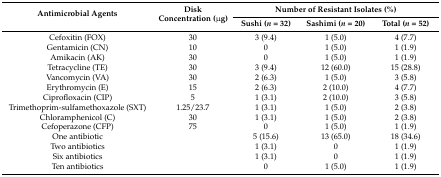
<table><thead><tr><td rowspan="2"><b>Antimicrobial Agents</b></td><td rowspan="2"><b>Disk Concentration (μg)</b></td><td colspan="3"><b>Number of Resistant Isolates (%)</b></td></tr><tr><td><b>Sushi (<i>n</i> = 32)</b></td><td><b>Sashimi (<i>n</i> = 20)</b></td><td><b>Total (<i>n</i> = 52)</b></td></tr></thead><tbody><tr><td>Cefoxitin (FOX)</td><td>30</td><td>3 (9.4)</td><td>1 (5.0) </td><td>4 (7.7)</td></tr><tr><td>Gentamicin (CN)</td><td>10</td><td>0</td><td>1 (5.0)</td><td>1 (1.9)</td></tr><tr><td>Amikacin (AK)</td><td>30</td><td>0</td><td>1 (5.0)</td><td>1 (1.9)</td></tr><tr><td>Tetracycline (TE)</td><td>30</td><td>3 (9.4)</td><td>12 (60.0)</td><td>15 (28.8)</td></tr><tr><td>Vancomycin (VA)</td><td>30</td><td>2 (6.3)</td><td>1 (5.0) </td><td>3 (5.8)</td></tr><tr><td>Erythromycin (E)</td><td>15</td><td>2 (6.3)</td><td>2 (10.0)</td><td>4 (7.7)</td></tr><tr><td>Ciprofloxacin (CIP)</td><td>5</td><td>1 (3.1)</td><td>2 (10.0)</td><td>3 (5.8)</td></tr><tr><td>Trimethoprim-sulfamethoxazole (SXT)</td><td>1.25/23.7</td><td>1 (3.1)</td><td>1 (5.0)</td><td>2 (3.8)</td></tr><tr><td>Chloramphenicol (C)</td><td>30</td><td>1 (3.1)</td><td>1 (5.0)</td><td>2 (3.8)</td></tr><tr><td>Cefoperazone (CFP)</td><td>75</td><td>0</td><td>1 (5.0) </td><td>1 (1.9)</td></tr><tr><td>One antibiotic</td><td></td><td>5 (15.6)</td><td>13 (65.0)</td><td>18 (34.6)</td></tr><tr><td>Two antibiotics</td><td></td><td>1 (3.1)</td><td>0</td><td>1 (1.9)</td></tr><tr><td>Six antibiotics</td><td></td><td>1 (3.1)</td><td>0</td><td>1 (1.9)</td></tr><tr><td>Ten antibiotics</td><td></td><td>0</td><td>1 (5.0)</td><td>1 (1.9)</td></tr></tbody></table>